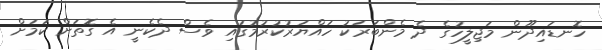
ހޮނޑައިދޫން މަޖިލީހުގެ ދެ މެންބަރަކު ހައްޔަރުކުރުމުގައި ވެސް ދެކެނީ އެ ގޮތަށް ކަމަށް